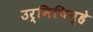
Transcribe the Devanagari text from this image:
उर्मिचिन्हे